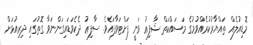
މޮޑިއުލެއް ތައްޔާރުކުރެއްވުމުގެ މަސައްކަތް ޝާފިޢު ވަނީ ފަށްޓަވާފައެވެ. ސާފިޢު ދެކެވަޑައިގަންނަވާ ގޮތުގައި ދިރިއުޅަށް